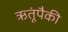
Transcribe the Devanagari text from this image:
ऋतूंपैकी